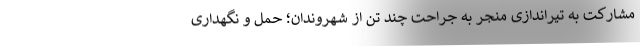
مشارکت به تیراندازی منجر به جراحت چند تن از شهروندان؛ حمل و نگهداری